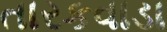
તારકવાડા